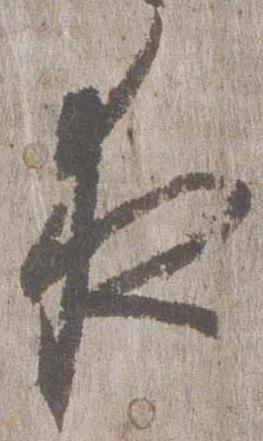
夜